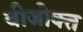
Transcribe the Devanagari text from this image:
बीजोक्त